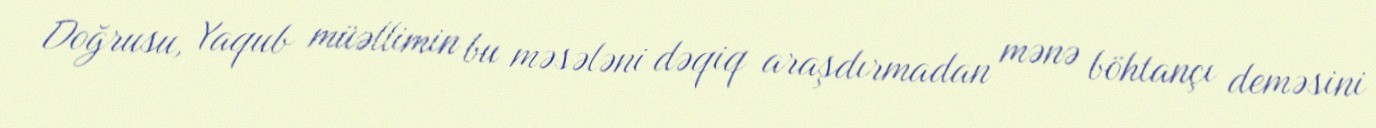
Doğrusu, Yaqub müəllimin bu məsələni dəqiq araşdırmadan mənə böhtançı deməsini